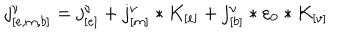
j _ { [ e , m , b ] } ^ { \nu } = j _ { [ e ] } ^ { \nu } + j _ { [ m ] } ^ { \nu } * K _ { [ e ] } + j _ { [ b ] } ^ { \nu } * \varepsilon _ { 0 } * K _ { [ v ] }